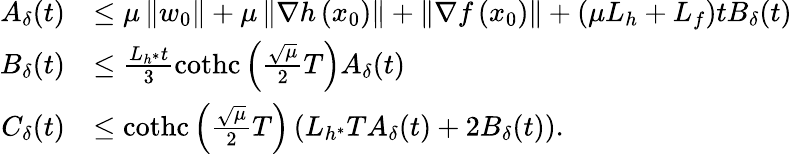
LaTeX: \begin{array}{rl}{A_{\delta}(t)}&{\leq\mu\left\Vert w_{0}\right\Vert+\mu\left\Vert\nabla h\left(x_{0}\right)\right\Vert+\left\Vert\nabla f\left(x_{0}\right)\right\Vert+\left(\mu L_{h}+L_{f}\right)tB_{\delta}(t)}\\ {B_{\delta}(t)}&{\leq\frac{L_{h^{*}}t}{3}\operatorname{cothc}\left(\frac{\sqrt{\mu}}{2}T\right)A_{\delta}(t)}\\ {C_{\delta}(t)}&{\leq\operatorname{cothc}\left(\frac{\sqrt{\mu}}{2}T\right)\left(L_{h^{*}}TA_{\delta}(t)+2B_{\delta}(t)\right).}\end{array}